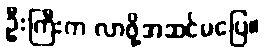
ဦးကြီးက လာဖို့အဆင်မပြေ။